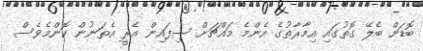
ބޮޑަށް ބެެލޭ ގޮތުގައި އިމާރާތުގެ އެންމެ މައްޗަށް ސިފައިން އެރީ އެތަނުން ކޮންމެވެސް